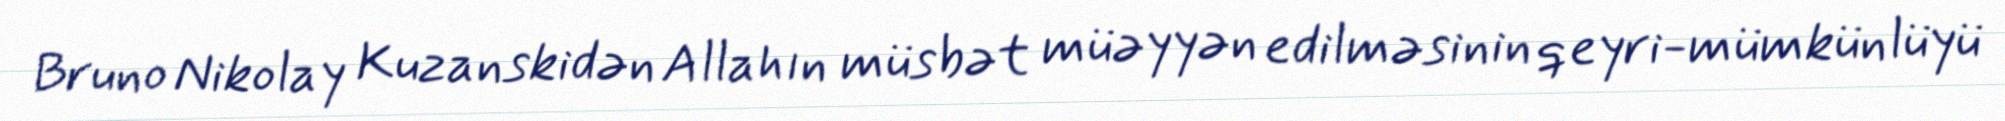
Bruno Nikolay Kuzanskidən Allahın müsbət müəyyən edilməsinin qeyri-mümkünlüyü